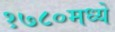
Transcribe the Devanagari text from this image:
१७८०मध्ये